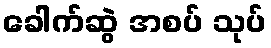
ခေါက်ဆွဲ အစပ် သုပ်